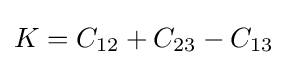
K=C_{12}+C_{23}-C_{13}